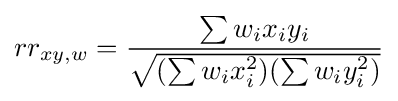
rr_{xy,w}={\frac {\sum w_{i}x_{i}y_{i}}{\sqrt {(\sum w_{i}x_{i}^{2})(\sum w_{i}y_{i}^{2})}}}